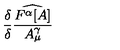
\frac { \delta } { \delta } \frac { \widehat { F ^ { \alpha } [ A ] } } { A _ { \mu } ^ { \gamma } }